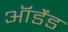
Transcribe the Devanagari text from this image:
ऑर्डेंड